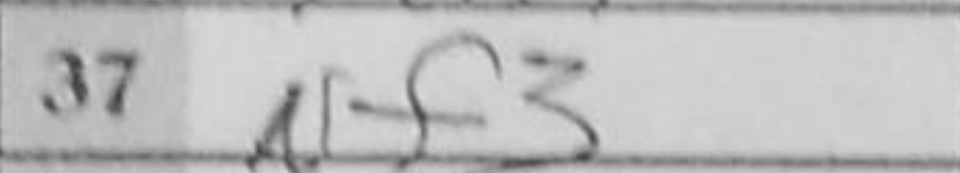
Transcription: Nf3